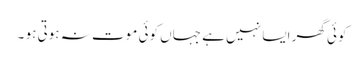
کوئی گھر ایسا نہیں ہے جہاں کوئی موت نہ ہوتی ہو ۔